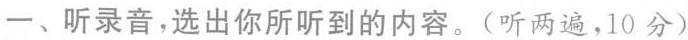
一、听录音,选出你所听到的内容。(听两遍,10 分)